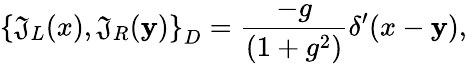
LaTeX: \left\{ \mathfrak{J}_{L}(x),\mathfrak{J}_{R}(\mathbf{y})\right\} _{D}=\frac{{-g}}{{(1+g^{2})}}\delta^{\prime}(x-\mathbf{y}),